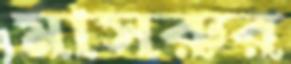
মাসরুর